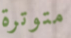
متوترة